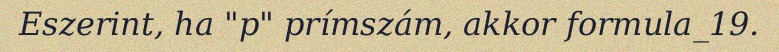
Eszerint, ha "p" prímszám, akkor formula_19.